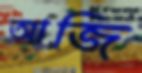
আজি